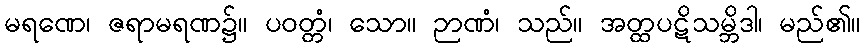
မရဏေ၊ ဇရာမရဏ၌။ ပဝတ္တံ၊ သော။ ဉာဏံ၊ သည်။ အတ္ထပဋိသမ္ဘိဒါ၊ မည်၏။